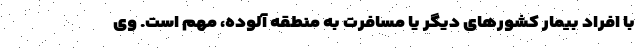
با افراد بیمار کشورهای دیگر یا مسافرت به منطقه آلوده، مهم است. وی